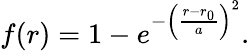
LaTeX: f(r)=1-e^{-\left(\frac{r-r_{0}}{a}\right)^{2}}.